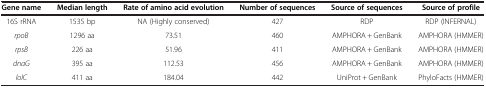
<table><thead><tr><td><b>Gene name</b></td><td><b>Median length</b></td><td><b>Rate of amino acid evolution</b></td><td><b>Number of sequences</b></td><td><b>Source of sequences</b></td><td><b>Source of profile</b></td></tr></thead><tbody><tr><td>16S rRNA</td><td>1535 bp</td><td>NA (Highly conserved)</td><td>427</td><td>RDP</td><td>RDP (INFERNAL)</td></tr><tr><td><i>rpoB</i></td><td>1296 aa</td><td>73.51</td><td>460</td><td>AMPHORA + GenBank</td><td>AMPHORA (HMMER)</td></tr><tr><td><i>rpsB</i></td><td>226 aa</td><td>51.96</td><td>411</td><td>AMPHORA + GenBank</td><td>AMPHORA (HMMER)</td></tr><tr><td><i>dnaG</i></td><td>395 aa</td><td>112.53</td><td>456</td><td>AMPHORA + GenBank</td><td>AMPHORA (HMMER)</td></tr><tr><td><i>lolC</i></td><td>411 aa</td><td>184.04</td><td>442</td><td>UniProt + GenBank</td><td>PhyloFacts (HMMER)</td></tr></tbody></table>